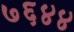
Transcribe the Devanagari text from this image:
७६४४